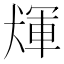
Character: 𤟴